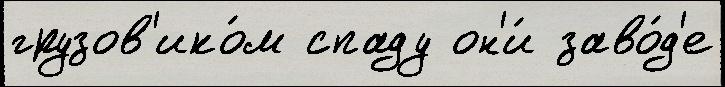
грузов'ико́м спаду он'и́ заво́д'е